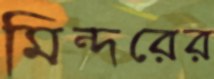
মিন্দরের